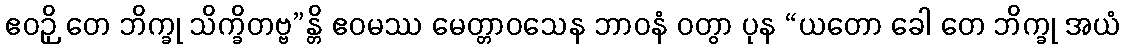
ဧဝဉှိ တေ ဘိက္ခု သိက္ခိတဗ္ဗ”န္တိ ဧဝမဿ မေတ္တာဝသေန ဘာဝနံ ဝတွာ ပုန “ယတော ခေါ တေ ဘိက္ခု အယံ